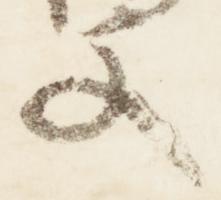
文